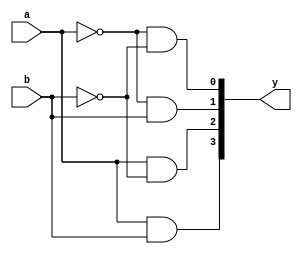
`timescale 1ns / 1ps
//////////////////////////////////////////////////////////////////////////////////
// Company: 
// Engineer: 
// 
// Design Name: 
// Module Name:    dec24 
// Project Name: 
// Target Devices: 
// Tool versions: 
// Description: 
//
// Dependencies: 
//
// Revision: 
// Revision 0.01 - File Created
// Additional Comments: 
//
//////////////////////////////////////////////////////////////////////////////////
module dec24(a,b,y);
    input a,b;
    output [3:0]y;
    assign y[0]=~a&~b;
	 assign y[1]=~a&b;
	 assign y[2]=a&~b;
	 assign y[3]=a&b;


endmodule